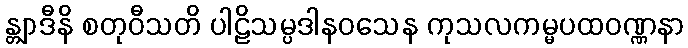
န္တျာဒီနိ စတုဝီသတိ ပါဠိသမ္ပဒါနဝသေန ကုသလကမ္မပထဝဏ္ဏနာ